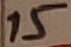
Text: 15